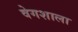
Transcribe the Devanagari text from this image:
वेगशाला